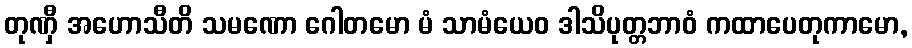
တုဏှီ အဟောသီတိ သမဏော ဂေါတမော မံ သာမံယေဝ ဒါသိပုတ္တဘာဝံ ကထာပေတုကာမော,